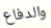
والدفاع